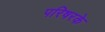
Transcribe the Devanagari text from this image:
परिषरके